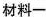
材料一